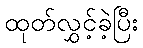
ထုတ်လွှင့်ခဲ့ပြီး